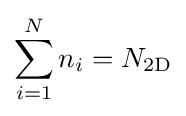
\sum \limits _{i=1}^{N}n_{i}=N_{\mathrm {2D} }